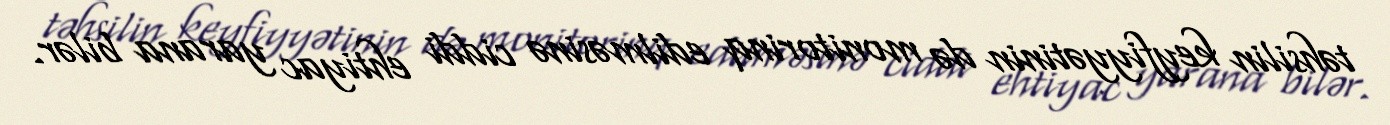
təhsilin keyfiyyətinin də monitorinq edilməsinə ciddi ehtiyac yarana bilər.